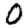
Digit: 0